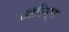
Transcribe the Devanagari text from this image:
आटिस्म